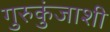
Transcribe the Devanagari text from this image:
गुरुकुंजाशी